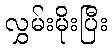
လွှမ်းမိုးပြီး